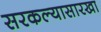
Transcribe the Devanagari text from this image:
सरकल्यासारखा